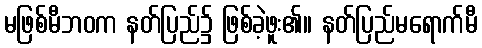
မဖြစ်မီဘဝက နတ်ပြည်၌ ဖြစ်ခဲ့ဖူး၏။ နတ်ပြည်မရောက်မီ